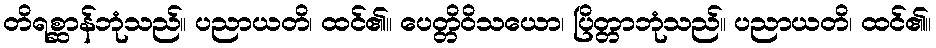
တိရစ္ဆာန်ဘုံသည်။ ပညာယတိ၊ ထင်၏။ ပေတ္တိဝိသယော၊ ပြိတ္တာဘုံသည်။ ပညာယတိ၊ ထင်၏။